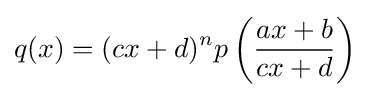
q(x)=(cx+d)^{n}p\left({\frac {ax+b}{cx+d}}\right)